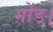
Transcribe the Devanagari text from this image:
गोंड।